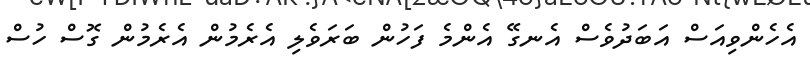
އެހެންވިއަސް އަބަދުވެސް އެނގޭ އެންމެ ފަހުން ބަރަވެލި އެރެމުން އެރެމުން ގޮސް ހުސް